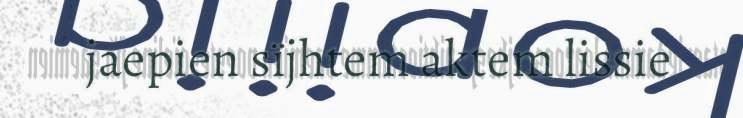
jaepien sïjhtem aktem lissie